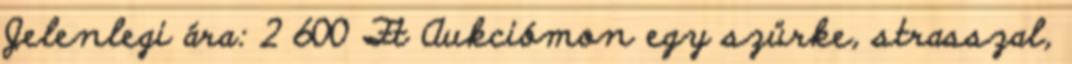
Jelenlegi ára: 2 600 Ft Aukciómon egy szürke, strasszal,